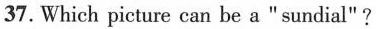
37. Which picture can be a “sundial"?